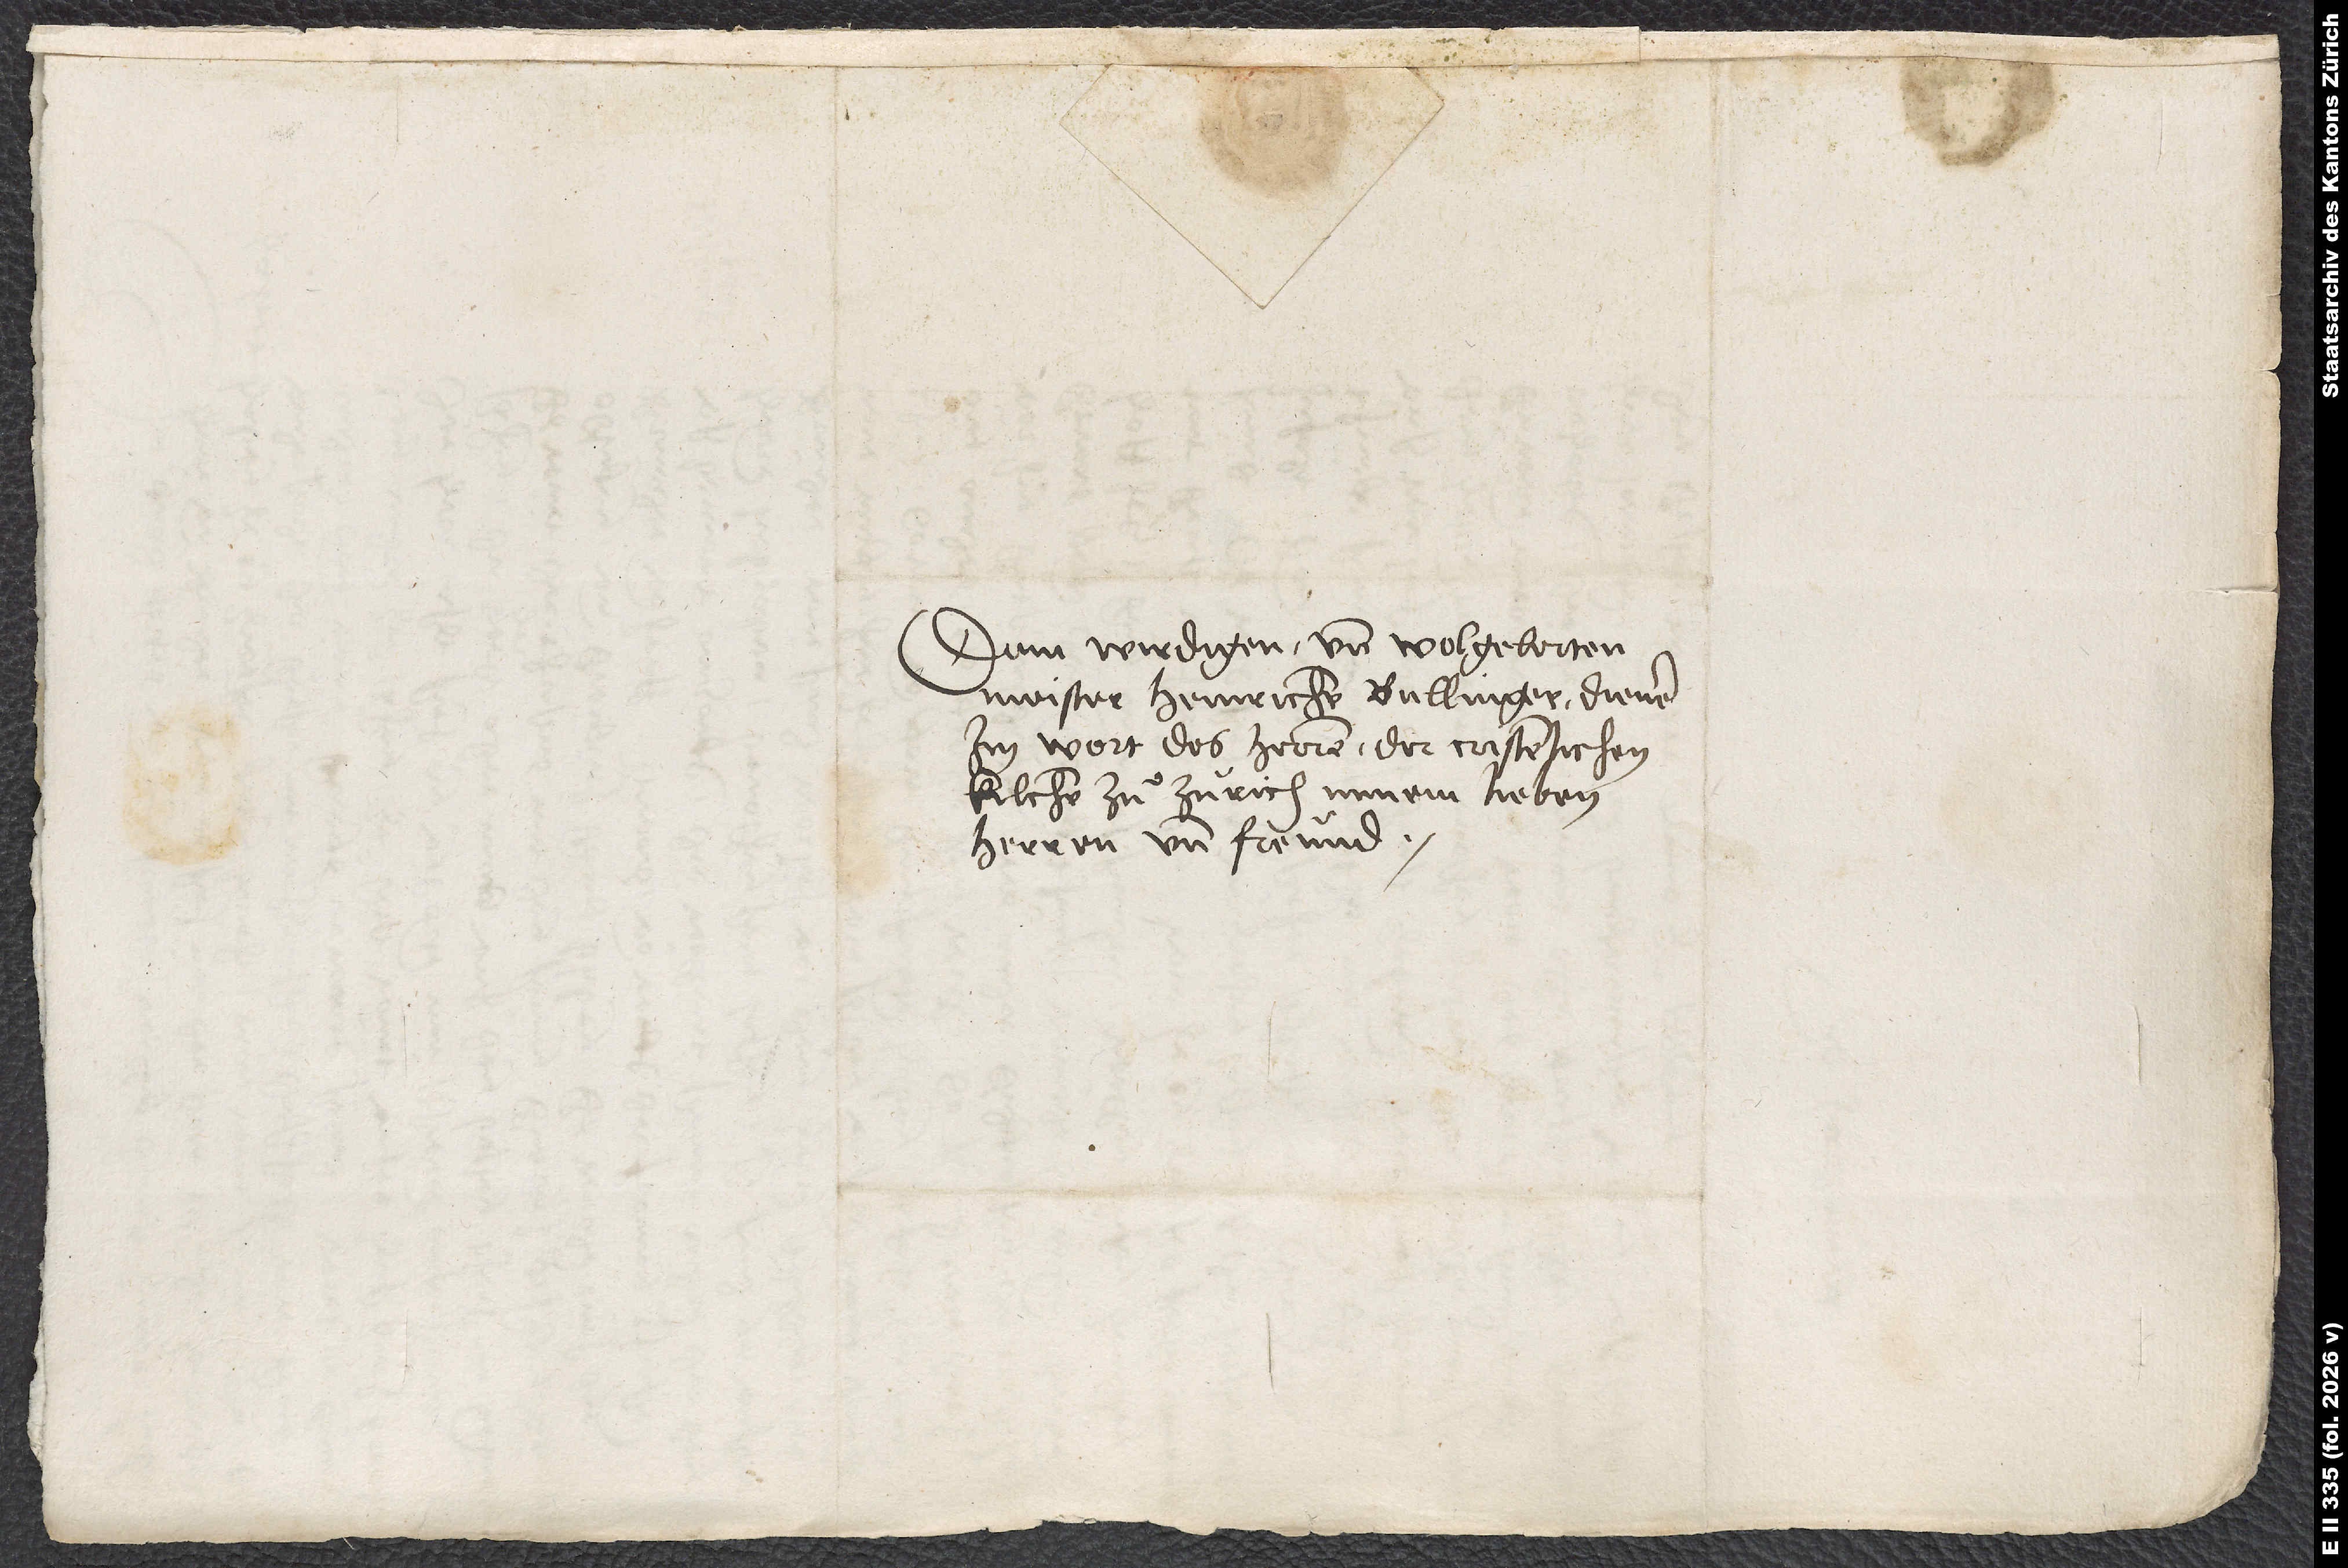
Dem wirdigen und wolgelerten
Meister Heinrichen Bullinger, diener
im wort des herren der cristenlichen
kilchen zuͦ Zürich, minem lieben
herren und freund.